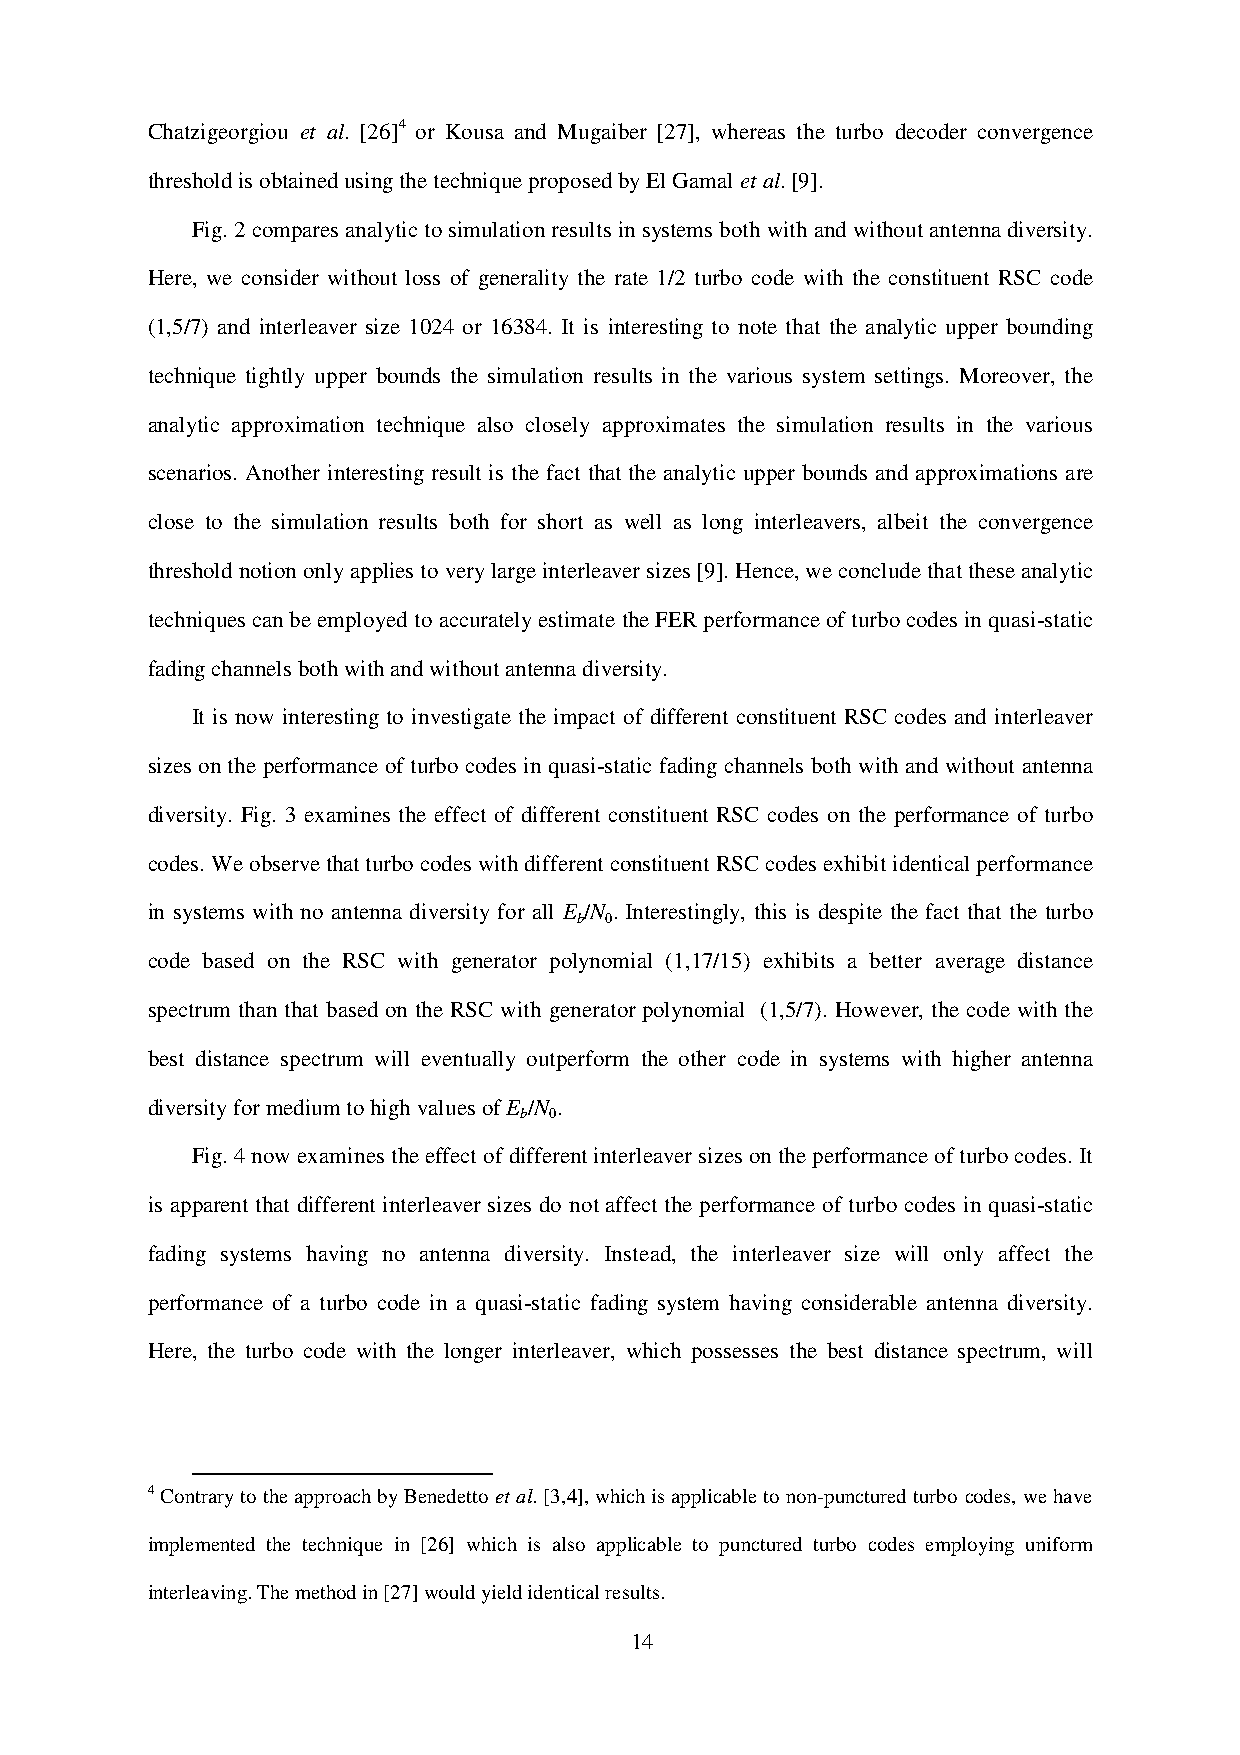
Chatzigeorgiou et al. [26]4 or Kousa and Mugaiber [27], whereas the turbo decoder convergence
 threshold is obtained using the technique proposed by El Gamal et al. [9].
 Fig. 2 compares analytic to simulation results in systems both with and without antenna diversity.
 Here, we consider without loss of generality the rate 1/2 turbo code with the constituent RSC code
 (1,5/7) and interleaver size 1024 or 16384. It is interesting to note that the analytic upper bounding
 technique tightly upper bounds the simulation results in the various system settings. Moreover, the
 analytic approximation technique also closely approximates the simulation results in the various
 scenarios. Another interesting result is the fact that the analytic upper bounds and approximations are
 close to the simulation results both for short as well as long interleavers, albeit the convergence
 threshold notion only applies to very large interleaver sizes [9]. Hence, we conclude that these analytic
 techniques can be employed to accurately estimate the FER performance of turbo codes in quasi-static
 fading channels both with and without antenna diversity.
 It is now interesting to investigate the impact of different constituent RSC codes and interleaver
 sizes on the performance of turbo codes in quasi-static fading channels both with and without antenna
 diversity. Fig. 3 examines the effect of different constituent RSC codes on the performance of turbo
 codes. We observe that turbo codes with different constituent RSC codes exhibit identical performance
 in systems with no antenna diversity for all E /N . Interestingly, this is despite the fact that the turbo
 b 0
 code based on the RSC with generator polynomial (1,17/15) exhibits a better average distance
 spectrum than that based on the RSC with generator polynomial (1,5/7). However, the code with the
 best distance spectrum will eventually outperform the other code in systems with higher antenna
 diversity for medium to high values of E /N .
 b 0
 Fig. 4 now examines the effect of different interleaver sizes on the performance of turbo codes. It
 is apparent that different interleaver sizes do not affect the performance of turbo codes in quasi-static
 fading systems having no antenna diversity. Instead, the interleaver size will only affect the
 performance of a turbo code in a quasi-static fading system having considerable antenna diversity.
 Here, the turbo code with the longer interleaver, which possesses the best distance spectrum, will
 4 Contrary to the approach by Benedetto et al. [3,4], which is applicable to non-punctured turbo codes, we have
 implemented the technique in [26] which is also applicable to punctured turbo codes employing uniform
 interleaving. The method in [27] would yield identical results.
 14